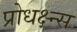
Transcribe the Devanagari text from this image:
प्रोधक्ष्न्स